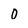
Character: 0